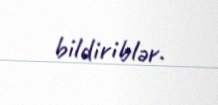
bildiriblər.